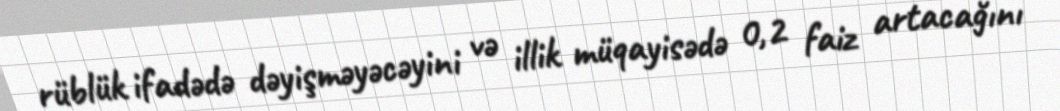
rüblük ifadədə dəyişməyəcəyini və illik müqayisədə 0,2 faiz artacağını